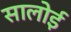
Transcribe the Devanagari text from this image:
सालोई